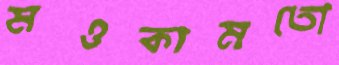
মওকামতো